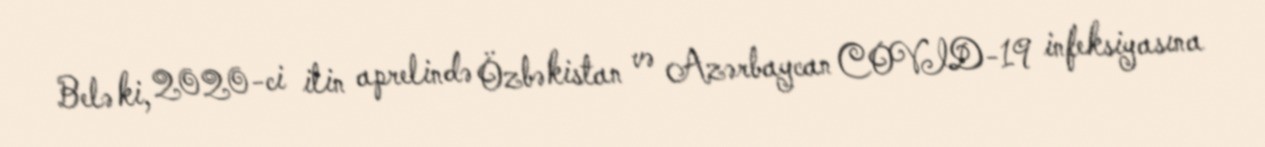
Belə ki, 2020-ci ilin aprelində Özbəkistan və Azərbaycan COVID-19 infeksiyasına